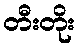
တီးတိုး